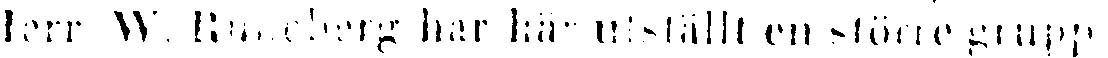
Herr W. Runeberg har här utställt en större grupp